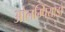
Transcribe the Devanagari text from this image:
ओलम्पियाडो